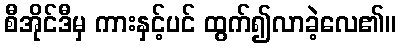
စီအိုင်ဒီမှ ကားနှင့်ပင် ထွက်၍လာခဲ့လေ၏။